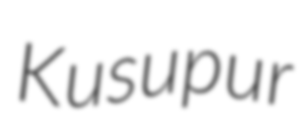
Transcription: Kusupur